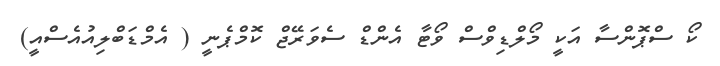
ކޯ ސްޕޮންސާ އަކީ މޯލްޑިވްސް ވޯޓާ އެންޑް ސެވަރޭޖް ކޮމްޕެނީ ( އެމްޑަބްލިއުއެސްއީ)